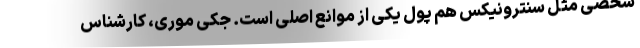
شخصی مثل سنترونیکس هم پول یکی از موانع اصلی است. جکی موری، کارشناس